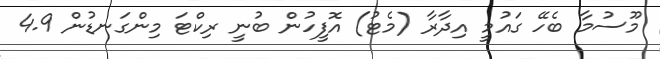
މޫސުމާ ބެހޭ ގައުމީ އިދާރާ (މެޓު) އޮފީހުން ބުނީ ރިކްޓަ މިންގަނޑުން 4.9